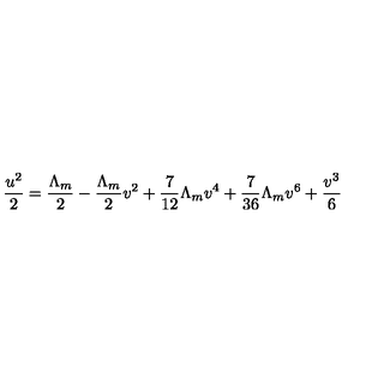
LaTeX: { \frac { u ^ { 2 } } { 2 } } = { \frac { \Lambda _ { m } } { 2 } } - { \frac { \Lambda _ { m } } { 2 } } v ^ { 2 } + { \frac { 7 } { 1 2 } } \Lambda _ { m } v ^ { 4 } + { \frac { 7 } { 3 6 } } \Lambda _ { m } v ^ { 6 } + { \frac { v ^ { 3 } } { 6 } }